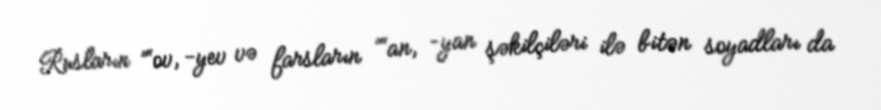
Rusların ”“ov, -yev və farsların ”“an, -yan şəkilçiləri ilə bitən soyadları da